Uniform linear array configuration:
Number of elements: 32
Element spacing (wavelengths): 1
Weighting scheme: hamming
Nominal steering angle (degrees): -30
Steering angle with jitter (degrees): -29.151
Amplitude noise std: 0.05
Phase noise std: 0.05

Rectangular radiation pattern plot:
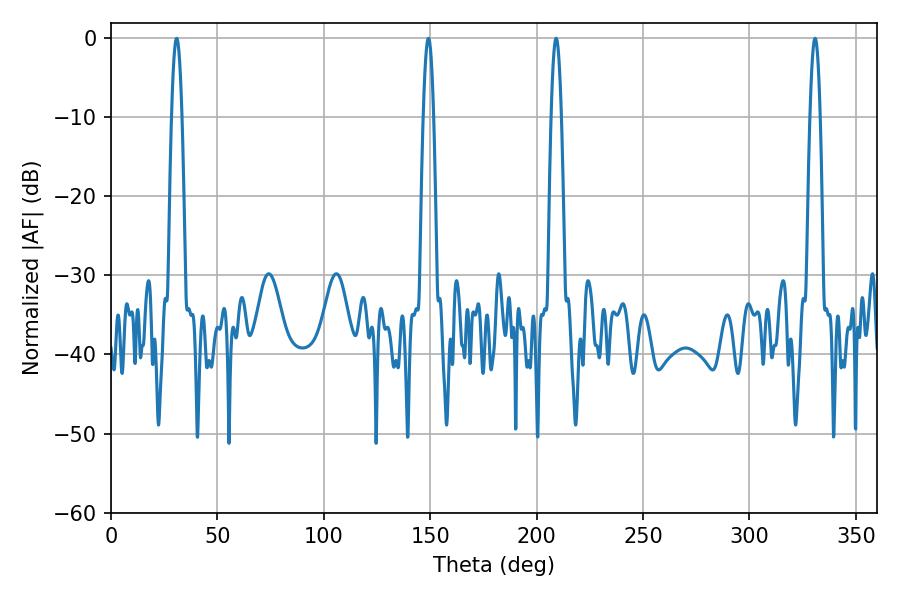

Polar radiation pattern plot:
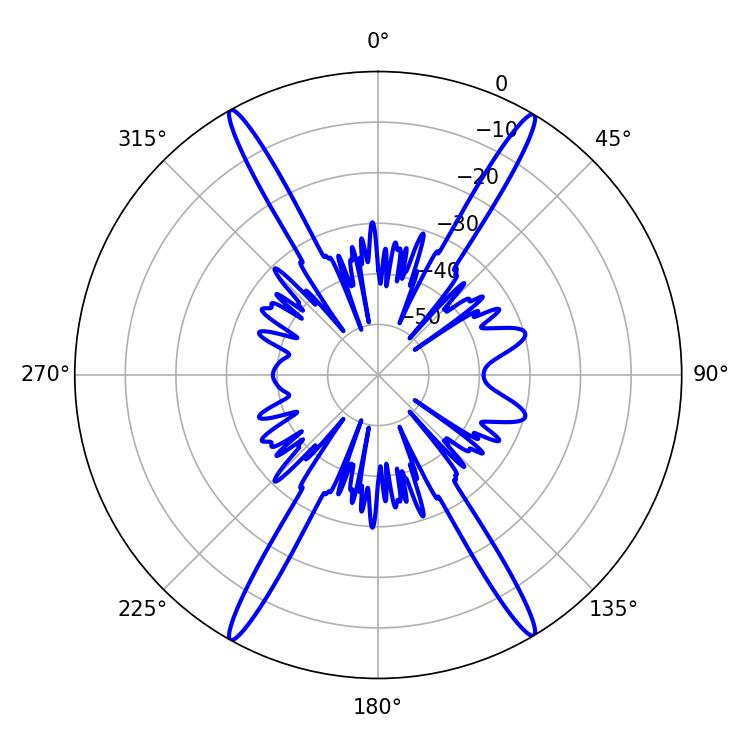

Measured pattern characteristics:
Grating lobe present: TRUE
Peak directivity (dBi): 27.356
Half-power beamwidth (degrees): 2.52
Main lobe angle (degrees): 209.16